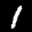
Label: 1